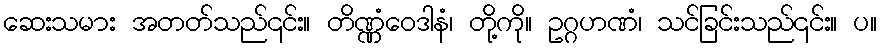
ဆေးသမား အတတ်သည်၎င်း။ တိဏ္ဏံဝေဒါနံ၊ တို့ကို။ ဥဂ္ဂဟဏံ၊ သင်ခြင်းသည်၎င်း။ ပ။